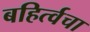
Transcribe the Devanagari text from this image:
बहिर्त्वचा